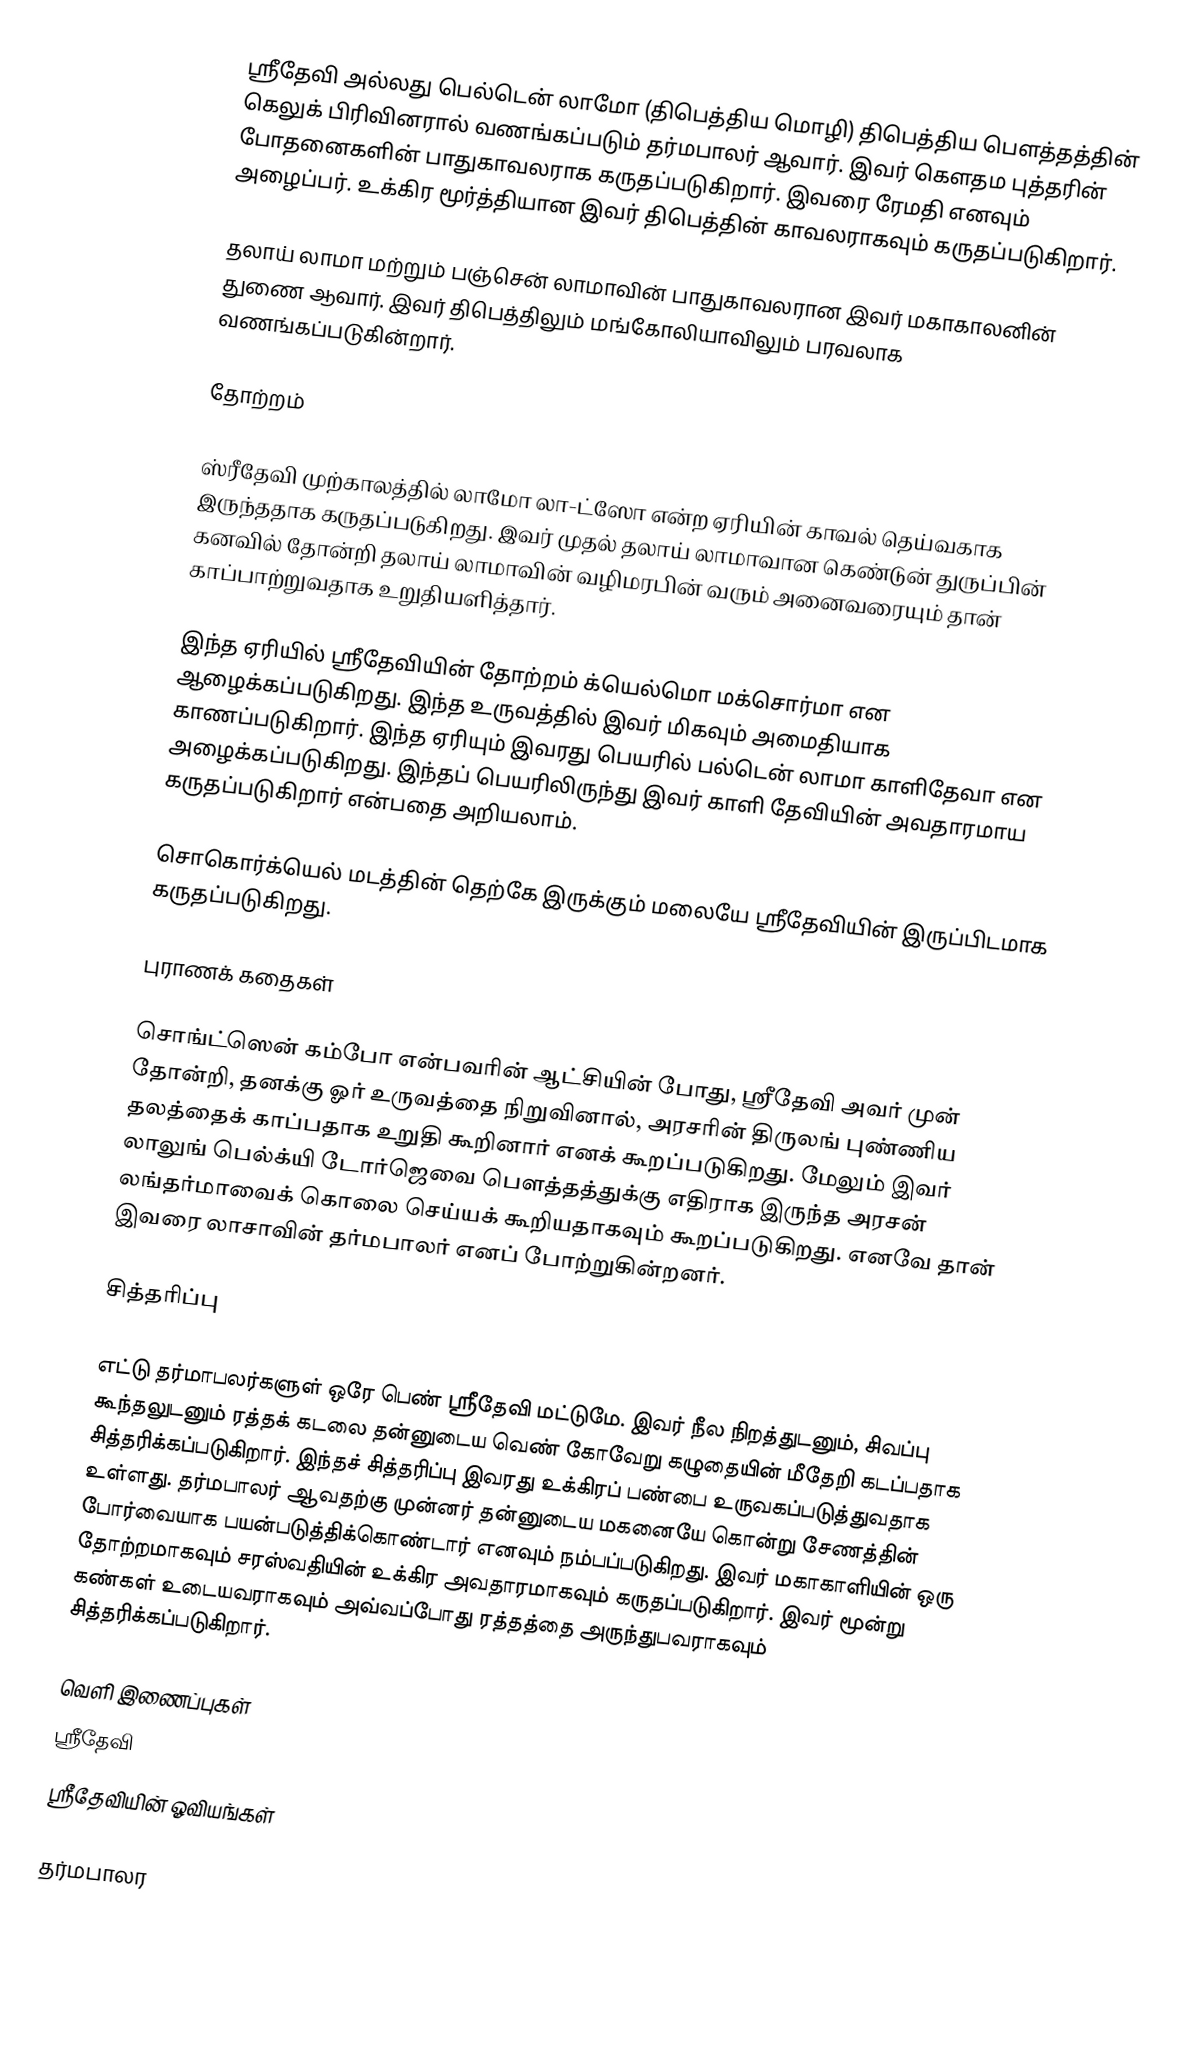
ஸ்ரீதேவி அல்லது பெல்டென் லாமோ (திபெத்திய மொழி) திபெத்திய பௌத்தத்தின் கெலுக் பிரிவினரால் வணங்கப்படும் தர்மபாலர் ஆவார். இவர் கௌதம புத்தரின் போதனைகளின் பாதுகாவலராக கருதப்படுகிறார். இவரை ரேமதி எனவும் அழைப்பர். உக்கிர மூர்த்தியான இவர் திபெத்தின் காவலராகவும் கருதப்படுகிறார்.

தலாய் லாமா மற்றும் பஞ்சென் லாமாவின் பாதுகாவலரான இவர் மகாகாலனின் துணை ஆவார். இவர் திபெத்திலும் மங்கோலியாவிலும் பரவலாக வணங்கப்படுகின்றார்.

தோற்றம்

ஸ்ரீதேவி முற்காலத்தில் லாமோ லா-ட்ஸோ என்ற ஏரியின் காவல் தெய்வகாக இருந்ததாக கருதப்படுகிறது. இவர் முதல் தலாய் லாமாவான கெண்டுன் துருப்பின் கனவில் தோன்றி தலாய் லாமாவின் வழிமரபின் வரும் அனைவரையும் தான் காப்பாற்றுவதாக உறுதியளித்தார்.

இந்த ஏரியில் ஸ்ரீதேவியின் தோற்றம் க்யெல்மொ மக்சொர்மா என ஆழைக்கப்படுகிறது. இந்த உருவத்தில் இவர் மிகவும் அமைதியாக காணப்படுகிறார். இந்த ஏரியும் இவரது பெயரில் பல்டென் லாமா காளிதேவா என அழைக்கப்படுகிறது. இந்தப் பெயரிலிருந்து இவர் காளி தேவியின் அவதாரமாய கருதப்படுகிறார் என்பதை அறியலாம்.

சொகொர்க்யெல் மடத்தின் தெற்கே இருக்கும் மலையே ஸ்ரீதேவியின் இருப்பிடமாக கருதப்படுகிறது.

புராணக் கதைகள்

சொங்ட்ஸென் கம்போ என்பவரின் ஆட்சியின் போது, ஸ்ரீதேவி அவர் முன் தோன்றி, தனக்கு ஓர் உருவத்தை நிறுவினால், அரசரின் திருலங் புண்ணிய தலத்தைக் காப்பதாக உறுதி கூறினார் எனக் கூறப்படுகிறது. மேலும் இவர் லாலுங் பெல்க்யி டோர்ஜெவை பௌத்தத்துக்கு எதிராக இருந்த அரசன் லங்தர்மாவைக் கொலை செய்யக் கூறியதாகவும் கூறப்படுகிறது. எனவே தான் இவரை லாசாவின் தர்மபாலர் எனப் போற்றுகின்றனர்.

சித்தரிப்பு

எட்டு தர்மாபலர்களுள் ஒரே பெண் ஸ்ரீதேவி மட்டுமே. இவர் நீல நிறத்துடனும், சிவப்பு கூந்தலுடனும் ரத்தக் கடலை தன்னுடைய வெண் கோவேறு கழுதையின் மீதேறி கடப்பதாக சித்தரிக்கப்படுகிறார். இந்தச் சித்தரிப்பு இவரது உக்கிரப் பண்பை உருவகப்படுத்துவதாக உள்ளது. தர்மபாலர் ஆவதற்கு முன்னர் தன்னுடைய மகனையே கொன்று சேணத்தின் போர்வையாக பயன்படுத்திக்கொண்டார் எனவும் நம்பப்படுகிறது. இவர் மகாகாளியின் ஒரு தோற்றமாகவும் சரஸ்வதியின் உக்கிர அவதாரமாகவும் கருதப்படுகிறார். இவர் மூன்று கண்கள் உடையவராகவும் அவ்வப்போது ரத்தத்தை அருந்துபவராகவும் சித்தரிக்கப்படுகிறார்.

வெளி இணைப்புகள்
 ஸ்ரீதேவி
 ஸ்ரீதேவியின் ஓவியங்கள்

தர்மபாலர